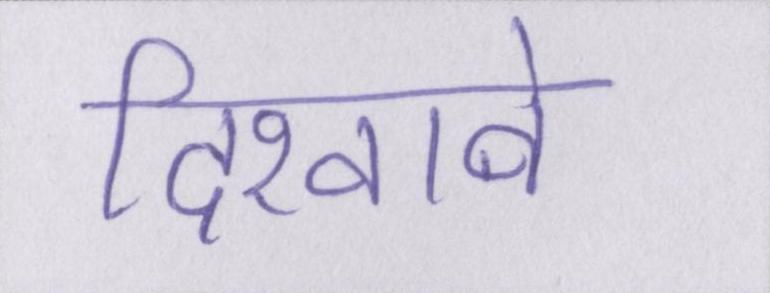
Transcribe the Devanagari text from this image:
दिखावे